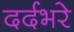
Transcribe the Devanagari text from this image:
दर्दभरे